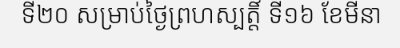
ទី២០ សម្រាប់ថ្ងៃព្រហស្បត្តិ៍ ទី១៦ ខែមីនា